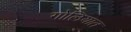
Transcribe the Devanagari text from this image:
गोलियात